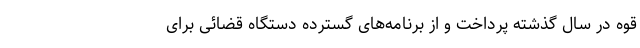
قوه در سال گذشته پرداخت و از برنامه‌های گسترده دستگاه قضائی برای